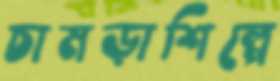
চামড়াশিল্পে